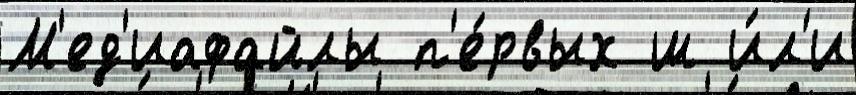
М'ед'иафайлы п'е́рвых ш и́л'и